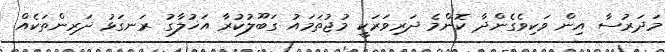
މަދަރުސާ އިން ވަކިވެގެންދާ ކޮންމެ ދަރިވަރަކީ މުޖުތަމައު ގަބޫލުކުރާ އަޚުލާގު ރަނގަޅު ދަރިންތަކެއް